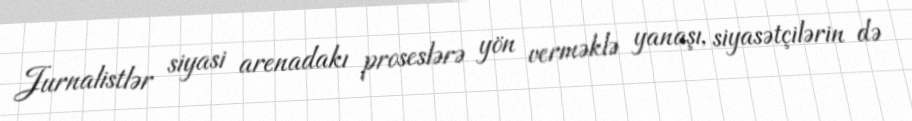
Jurnalistlər siyasi arenadakı proseslərə yön verməklə yanaşı, siyasətçilərin də